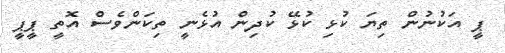
ޕީ އަކުނުން ތިޔަ ކުޅި ކުޅޭ ކުދިން އުޅެނީ ތިކަންވެސް އޮތީ ޕީޕީ